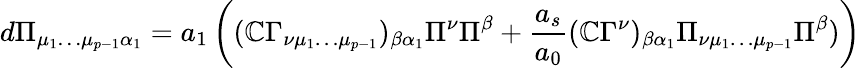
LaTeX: d\Pi_{\mu_{1}\dots\mu_{p-1}\alpha_{1}}=a_{1}\left((\mathbb{C}\Gamma_{\nu\mu_{1}\dots\mu_{p-1}})_{\beta\alpha_{1}}\Pi^{\nu}\Pi^{\beta}+{\frac{{a_{s}}}{{a_{0}}}}(\mathbb{C}\Gamma^{\nu})_{\beta\alpha_{1}}\Pi_{\nu\mu_{1}\dots\mu_{p-1}}\Pi^{\beta})\right)